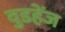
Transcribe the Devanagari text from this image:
वुडहेंज